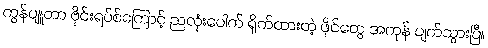
ကွန်ပျူတာ ဗိုင်းရပ်စ်ကြောင့် ညလုံးပေါက် ရိုက်ထားတဲ့ ဖိုင်တွေ အကုန် ပျက်သွားပြီ။